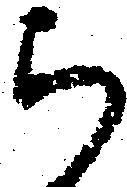
ち